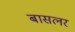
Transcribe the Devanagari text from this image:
बासलर